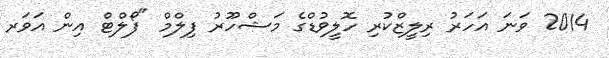
2014 ވަނަ އަހަރު ރިލީޒްކުރި ހޮލީވުޑްގެ މަޝްހޫރު ފިލްމް "ފޯލްޓް އިން އަވަރ